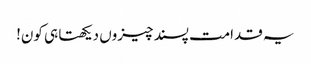
یہ قدامت پسند چیزوں دیکھتا ہی کون!